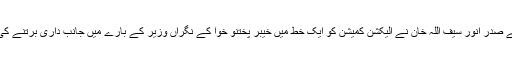
اشتیاق احمد خان نے میڈیا کو یہ بھی بتایا کہ پاکستان پیپلز پارٹی خیبر پختون خوا کے صدر انور سیف اللہ خان نے الیکشن کمیشن کو ایک خط میں خیبر پختنو خوا کے نگراں وزیر کے بارے میں جانب داری برتنے کی شکایت کی ہے جسے الیکشن کمیشن صوبے کے وزیر اعلیٰ کے پاس بھیجے گے۔